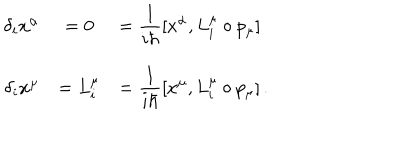
\begin{array} { r c l } { { \delta _ { i } x ^ { \alpha } } } & { { = 0 } } & { { = \displaystyle \frac { 1 } { i \hbar } [ x ^ { \alpha } , L _ { i } ^ { \mu } \circ p _ { \mu } ] } } \\ { { \delta _ { i } x ^ { \mu } } } & { { = L _ { i } ^ { \mu } } } & { { = \displaystyle \frac { 1 } { i \hbar } [ x ^ { \mu } , L _ { i } ^ { \mu } \circ p _ { \mu } ] \, . } } \\ \end{array}